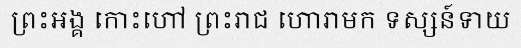
ព្រះអង្គ កោះហៅ ព្រះរាជ ហោរាមក ទស្សន៍ទាយ